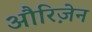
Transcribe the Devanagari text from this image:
औरिज़ेन